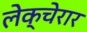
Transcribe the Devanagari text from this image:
लेक्चेरार